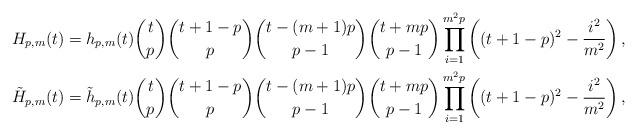
LaTeX: \begin{gather*}H_{p,m}(t)=h_{p,m}(t){t \choose p}{t+1-p \choose p}{t-(m+1)p \choose p -1}{t+mp \choose p -1}\prod\limits_{i=1}^{m^2p} \left((t+1-p)^2-\frac{i^2}{m^2}\right),\\\tilde{H}_{p,m}(t)=\tilde{h}_{p,m}(t){t \choose p}{t+1-p \choose p}{t-(m+1)p \choose p -1}{t+mp \choose p -1}\prod\limits_{i=1}^{m^2p} \left((t+1-p)^2-\frac{i^2}{m^2}\right),\end{gather*}